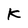
Character: K